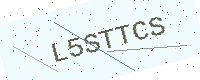
Text: L5STTCS